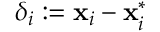
{ { \boldsymbol { \delta } } _ { i } : = { \bf x } _ { i } - { \bf x } _ { i } ^ { * } }